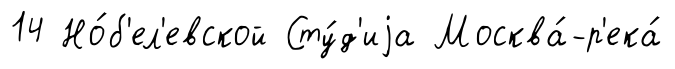
14 Но́б'ел'евской Сту́д'иjа Москва́-р'ека́